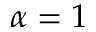
{ \alpha = 1 }